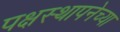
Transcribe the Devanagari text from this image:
पक्षस्थापनेच्या